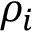
\rho _ { i }